Mental hospitals Bombay report 1921-28 - 1921-1928
Year: 1921
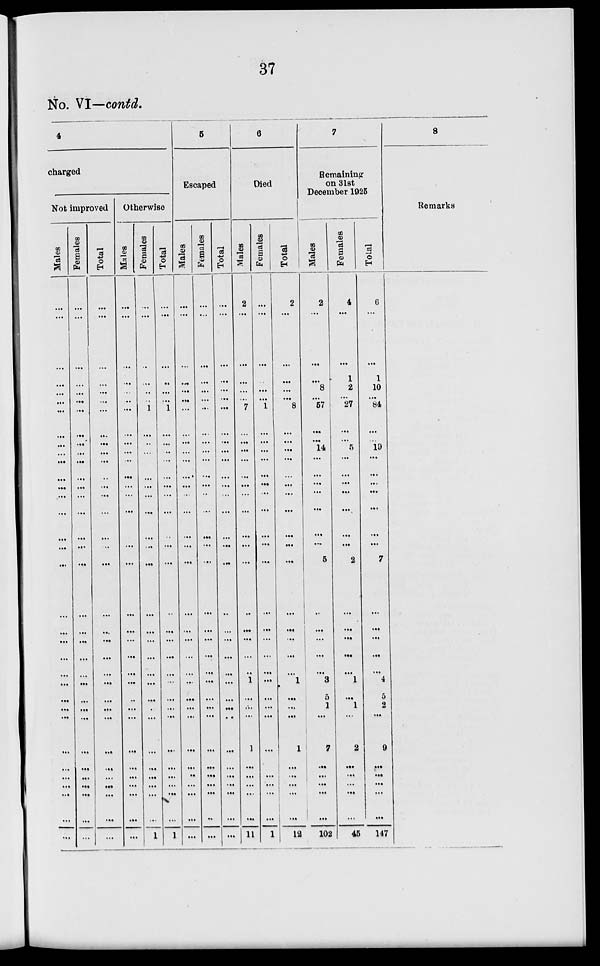
37
No. VI—contd.
4
charged
Not improved
Males
...
...
...
...
...
...
...
...
...
...
...
...
...
...
...
...
...
...
...
...
...
...
...
...
...
...
...
...
...
...
...
...
...
...
Females
...
...
...
...
...
...
...
...
...
...
...
...
...
...
...
...
...
...
...
...
...
...
...
...
...
...
...
...
...
...
...
...
...
...
Total
...
...
...
...
...
...
...
...
...
...
...
...
...
...
...
...
...
...
...
...
...
...
...
...
...
...
...
...
...
...
...
...
...
...
Otherwise
Males
...
...
...
...
...
...
...
...
...
...
...
...
...
...
...
...
...
...
...
...
...
...
...
...
...
...
...
...
...
...
...
...
...
...
Females
...
...
...
...
...
...
1
...
...
...
...
...
...
...
...
...
...
...
...
...
...
...
...
...
...
...
...
...
...
...
...
...
...
1
Total
...
...
...
...
...
...
1
...
...
...
...
...
...
...
...
...
...
...
...
...
...
...
...
...
...
...
...
...
...
...
...
...
...
1
5
Escaped
Males
...
...
...
...
...
...
...
...
...
...
...
...
...
...
...
...
...
...
...
...
...
...
...
...
...
...
...
...
...
...
...
...
...
...
Females
...
...
...
...
...
...
...
...
...
...
...
...
...
...
...
...
...
...
...
...
...
...
...
...
...
...
...
...
...
...
...
...
...
...
Total
...
...
...
...
...
...
...
...
...
...
...
...
...
...
...
...
...
...
...
...
...
...
...
...
...
...
...
...
...
...
...
...
...
...
6
Died
Males
2
...
...
...
...
...
7
...
...
...
...
...
...
...
...
...
...
...
...
...
...
...
...
1
...
...
...
1
...
...
...
...
...
11
Females
...
...
...
...
...
...
1
...
...
...
...
...
...
...
...
...
...
...
...
...
...
...
...
...
...
...
...
...
...
...
...
...
...
1
Total
2
...
...
...
...
...
8
...
...
...
...
...
...
...
...
...
...
...
...
...
...
...
...
1
...
...
...
1
...
...
...
...
...
12
7
Remaining
on 31st
December 1925
Males
2
...
...
...
8
...
57
...
...
14
...
...
...
...
...
...
...
5
...
...
...
...
...
3
5
1
...
7
...
...
...
...
...
102
Females
4
...
...
1
2
...
27
...
...
5
...
...
...
...
...
...
...
2
...
...
...
...
...
1
...
1
...
2
...
...
...
...
...
45
Total
6
...
...
1
10
...
84
...
...
19
...
...
...
...
...
...
...
7
...
...
...
...
...
4
5
2
...
9
...
...
...
...
...
147
8
Remarks